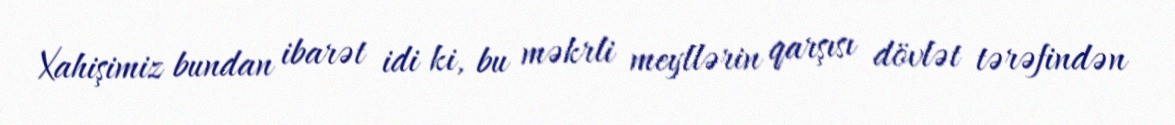
Xahişimiz bundan ibarət idi ki, bu məkrli meyllərin qarşısı dövlət tərəfindən